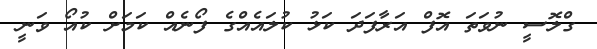
ގްލޮސީ ނުވަތަ އޮފް އަރާފަދަ ކަޅު ކުލައެއްގެ ފޯނެއް ކަމަށް ކުއޯ ވަނީ